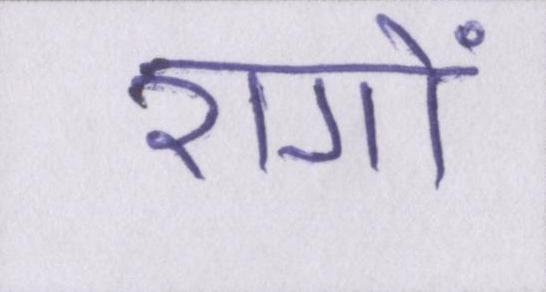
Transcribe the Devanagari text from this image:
रागों